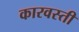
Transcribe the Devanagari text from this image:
कारवस्ती